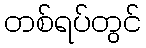
တစ်ရပ်တွင်